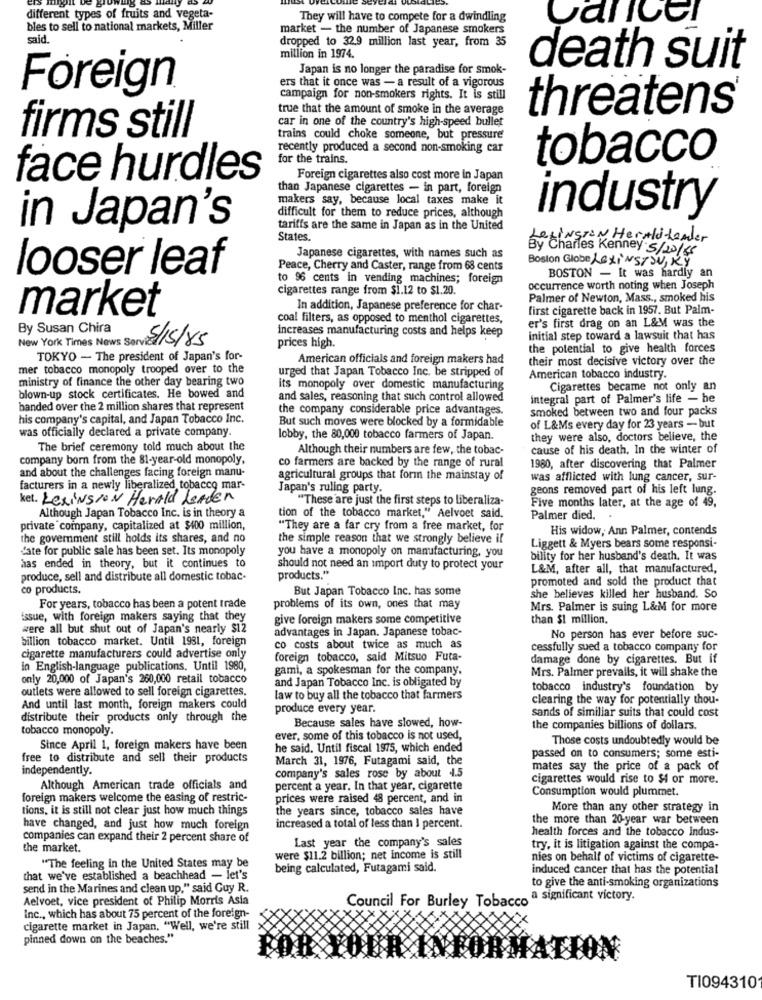
different types of fruits and vegeta-
They will have to compete for a dwindling
bles to sell to national markets, Miller
market - the number of Japanese smokers
said.
dropped to 32.9 million last year, from 35
million in 1974.
Japan is no longer the paradise for smok-
death suit
ers that it once was - a result of a vigorous
Foreign
campaign for non-smokers rights. It is still
true that the amount of smoke in the average
car in one of the country's high-speed bullet
threatens®
firms still
trains could choke someone, but pressure
recently produced a second non-smoking car
for the trains.
tobacco
face hurdles
Foreign cigarettes also cost more In Japan
than Japanese cigarettes - in part, foreign
makers say, because local taxes make it
difficult for them to reduce prices, although
industry
in Japan's
tariffs are the same in Japan as in the United
States.
LezingrEN Herald-Leader
Japanese cigarettes, with names such as
Boston Globe LexiNSTSU, KY
looser leaf
Peace, Cherry and Caster, range from 68 cents
to 96 cents in vending machines; foreign
BOSTON - It was hardly an
cigarettes range from $1.12 to $1.20.
occurrence worth noting when Joseph
Palmer of Newton, Mass ., smoked his
market
In addition, Japanese preference for char-
first cigarette back in 1957. But Palm-
coal filters, as opposed to menthol cigarettes,
er's first drag on an L&M was the
By Susan Chira
New York Times News Servi 15/85
increases manufacturing costs and helps keep
initial step toward a lawsuit that has
prices high.
the potential to give health forces
TOKYO - The president of Japan's for-
American officials and foreign makers had
their most decisive victory over the
mer tobacco monopoly trooped over to the
ministry of finance the other day bearing two
urged that Japan Tobacco Inc. be stripped of
American tobacco industry.
its monopoly over domestic manufacturing
Cigarettes became not only an
blown-up stock certificates. He bowed and
and sales, reasoning that such control allowed
integral part of Palmer's life - he
banded over the 2 million shares that represent
the company considerable price advantages.
smoked between two and four packs
his company's capital, and Japan Tobacco Inc.
But such moves were blocked by a formidable
was officially declared a private company.
of L&Ms every day for 23 years - but
lobby, the 80,000 tobacco farmers of Japan.
they were also, doctors believe, the
The brief ceremony told much about the
Although their numbers are few, the tobac-
cause of his death, In the winter of
company born from the 81-year-old monopoly,
co farmers are backed by the range of rural
and about the challenges facing foreign manu-
1980, after discovering that Palmer
agricultural groups that form the mainstay of
was afflicted with lung cancer, sur-
facturers in a newly liberalized tobacco mar-
Japan's ruling party.
geons removed part of his left lung.
ket. LexiNSION Herald Lerden
"These are just the first steps to liberaliza-
Five months later, at the age of 49,
Although Japan Tobacco Inc. is in theory a
tion of the tobacco market," Aelvoet said.
Palmer died ..
private company, capitalized at $400 million,
"They are a far cry from a free market, for
His widow, Ann Palmer, contends
the government still holds its shares, and no
the simple reason that we strongly believe if
Liggett & Myers bears some responsi-
Late for public sale has been set. Its monopoly
you have a monopoly on manufacturing, you
bility for her husband's death. It was
has ended in theory, but it continues to
should not need an import duty to protect your
L&M, after all, that manufactured,
produce, sell and distribute all domestic tobac-
products."
promoted and sold the product that
co products.
But Japan Tobacco Inc. has some
she believes killed her husband. So
For years, tobacco has been a potent trade
problems of its own, ones that may
Mrs. Palmer is suing L&M for more
issue, with foreign makers saying that they
give foreign makers some competitive
than $1 million.
were all but shut out of Japan's nearly $12
advantages in Japan. Japanese tobac-
billion tobacco market. Until 1931, foreign
No person has ever before suc-
co costs about twice as much as
cessfully sued a tobacco company for
cigarette manufacturers could advertise only
foreign tobacco, said Mitsuo Futa-
damage done by cigarettes. But if
in English-language publications. Until 1980,
gami, a spokesman for the company.
Mrs. Palmer prevails, it will shake the
only 20,000 of Japan's 260,000 retail tobacco
and Japan Tobacco Inc. is obligated by
outlets were allowed to sell foreign cigarettes.
tobacco industry's foundation by
law to buy all the tobacco that farmers
clearing the way for potentially thou-
And until last month, foreign makers could
produce every year.
sands of similiar suits that could cost
distribute their products only through the
tobacco monopoly.
Because sales have slowed, how-
the companies billions of dollars.
ever, some of this tobacco is not used,
Those costs undoubtedly would be
Since April 1, foreign makers have been
he said. Until fiscal 1975, which ended
free to distribute and sell their products
March 31, 1976, Futagami said, the
passed on to consumers; some esti-
independently.
company's sales rose by about 4.5
mates say the price of a pack of
cigarettes would rise to $1 or more.
Although American trade officials and
percent a year. In that year, cigarette
Consumption would plummet.
foreign makers welcome the easing of restric-
prices were raised 48 percent, and in
tions, it is still not clear just how much things
the years since, tobacco sales have
More than any other strategy in
the more than 20-year war between
have changed, and just how much foreign
increased a total of less than I percent.
health forces and the tobacco indus-
companies can expand their 2 percent share of
Last year the company's sales
the market.
try, it is litigation against the compa-
were $11.2 billion; net income is still
nies on behalf of victims of cigarette-
"The feeling in the United States may be
being calculated, Futagami said.
induced cancer that has the potential
that we've established a beachhead - let's
to give the anti-smoking organizations
send in the Marines and clean up," said Guy R.
Aelvoet, vice president of Philip Morris Asla
Council For Burley Tobacco a significant victory.
Inc ., which has about 75 percent of the foreign-
cigarette market in Japan. "Well, we're still
pinned down on the beaches."
TI094310